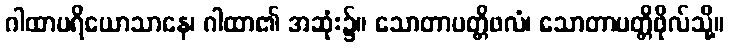
ဂါထာပရိယောသာနေ၊ ဂါထာ၏ အဆုံး၌။ သောတာပတ္တိဖလံ၊ သောတာပတ္တိဖိုလ်သို့။